Report on enteric fever
Disease focus: Fever
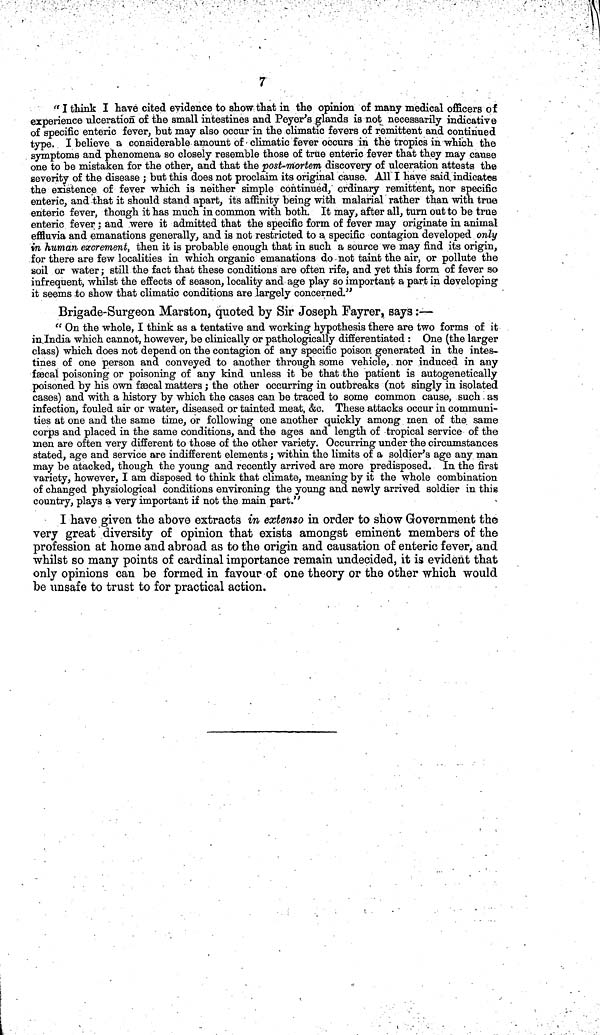
7
" I think I have cited evidence to show that in the opinion of many medical officers of
experience ulceration of the small intestines and Peyer's glands is not necessarily indicative
of specific enteric fever, but may also occur in the climatic fevers of remittent and continued
type. I believe a considerable amount of • climatic fever occurs in the tropics in which the
symptoms and phenomena so closely resemble those of true enteric fever that they may cause
one to be mistaken for the other, and that the post-mortem discovery of ulceration attests the
severity of the disease ; but this does not proclaim its original cause. All I have said, indicates
the existence of fever which is neither simple continued, ordinary remittent, nor specific
enteric, and that it should stand apart, its affinity being with malarial rather than with true
enteric fever, though it has much in common with both. It may, after all, turn out to be true
enteric fever : and were it admitted that the specific form of fever may originate in animal
effluvia and emanations generally, and is not restricted to a specific contagion developed. only
in human excrement, then it is probable enough that in such a source we may find its origin,
for there are few localities in which organic emanations do not taint the air, or pollute the
soil or water; still the fact that these conditions are often rife, and yet this form of fever so
infrequent, whilst the effects of season, locality and age play so important a part in developing
it seems to show that climatic conditions are largely concerned."
Brigade-Surgeon Marston, quoted by Sir Joseph Fayrer, says:—
" On the whole, I think as a tentative and working hypothesis there are two forms of it
in.India which cannot, however, be clinically or pathologically differentiated : One (the larger
class) which does not depend on the contagion of any specific poison generated in the intes-
tines of one person and conveyed to another through some vehicle, nor induced in any
fæcal poisoning or poisoning of any kind unless it be that the patient is autogenetically
poisoned by his own fæcal matters; the other occurring in outbreaks (not singly in isolated
cases) and with a history by which the cases can be traced to some common cause, such. as
infection, fouled air or water, diseased or tainted meat, &c. These attacks occur in communi-
ties at one and the same time, or following one another quickly among men of the. same
corps and placed in the same conditions, and the ages and length of tropical service of the
men are often very different to those of the other variety. Occurring under the circumstances
stated, age and service are indifferent elements; within the limits of a soldier's age any man
may be atacked, though the young and recently arrived are more predisposed. In the first
variety, however, I am disposed to think that climate, meaning by it the whole combination
of changed physiological conditions environing the young and newly arrived soldier in this
country, plays a very important if not the main part."
I have given the above extracts in extenso in order to show Government the
very great diversity of opinion that exists amongst eminent members of the
profession at home and abroad as to the origin and causation of enteric fever, and
whilst so many points of cardinal importance remain undecided, it is evident that
only opinions can be formed in favour of one theory or the other which would
be unsafe to trust to for practical action.